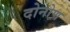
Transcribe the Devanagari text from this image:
दोनोण